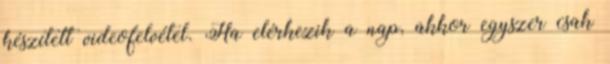
készített videofelvétel. Ha elérkezik a nap, akkor egyszer csak